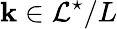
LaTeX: {\mathbf k}\in{\cal L}^{\star}/L